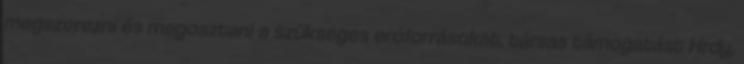
megszerezni és megosztani a szükséges erőforrásokat, társas támogatást Hrdy,